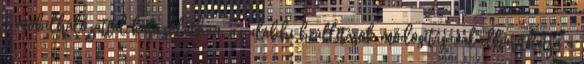
a mobilhálózattal kapcsolatban, az alábbi beállítások módosításával elháríthatja a